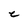
Character: C